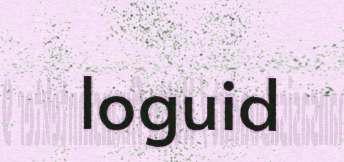
loguid